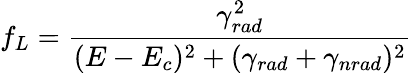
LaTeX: f_{L}=\frac{\gamma_{rad}^{2}}{(E-E_{c})^{2}+(\gamma_{rad}+\gamma_{nrad})^{2}}